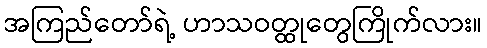
အကြည်တော်ရဲ့ ဟာသဝတ္ထုတွေကြိုက်လား။